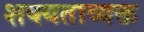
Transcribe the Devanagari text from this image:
शक्यताव्यक्त